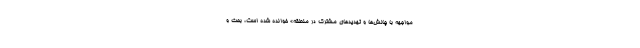
مواجهه با چالش‌ها و تهدیدهای مشترک در منطقه» خوانده شده است، بحث و